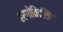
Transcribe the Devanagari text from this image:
हरगोविंदसिंग